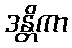
ဒန္တိကာ